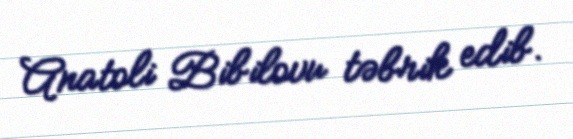
Anatoli Bibilovu təbrik edib.